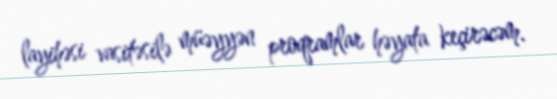
layihəsi vasitəsilə müəyyən proqramlar həyata keçirəcəm.